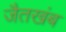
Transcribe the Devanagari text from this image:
जैतखंब